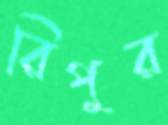
রিপুর